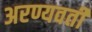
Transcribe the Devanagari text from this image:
अरण्यवर्ती